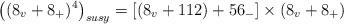
LaTeX: \begin{align*}\left( (8_v+8_{+})^4\right) _{susy}=\left[ \left( 8_v+112\right)+56_{-}\right] \times (8_v+8_{+}) \end{align*}